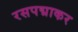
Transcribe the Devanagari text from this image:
रसपद्माकर